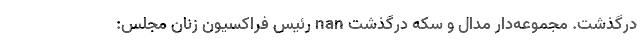
درگذشت. مجموعه‌دار مدال و سکه درگذشت nan رئیس فراکسیون زنان مجلس: